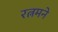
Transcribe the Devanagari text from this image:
रत्नमने